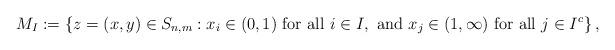
LaTeX: \begin{align*}M_I:=\left\{z=(x,y) \in S_{n,m}: x_i \in (0,1)\hbox{ for all } i \in I,\hbox{ and } x_j \in (1,\infty)\hbox{ for all } j \in I^c\right\},\end{align*}